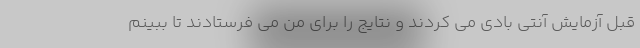
قبل آزمایش آنتی بادی می کردند و نتایج را برای من می فرستادند تا ببینم